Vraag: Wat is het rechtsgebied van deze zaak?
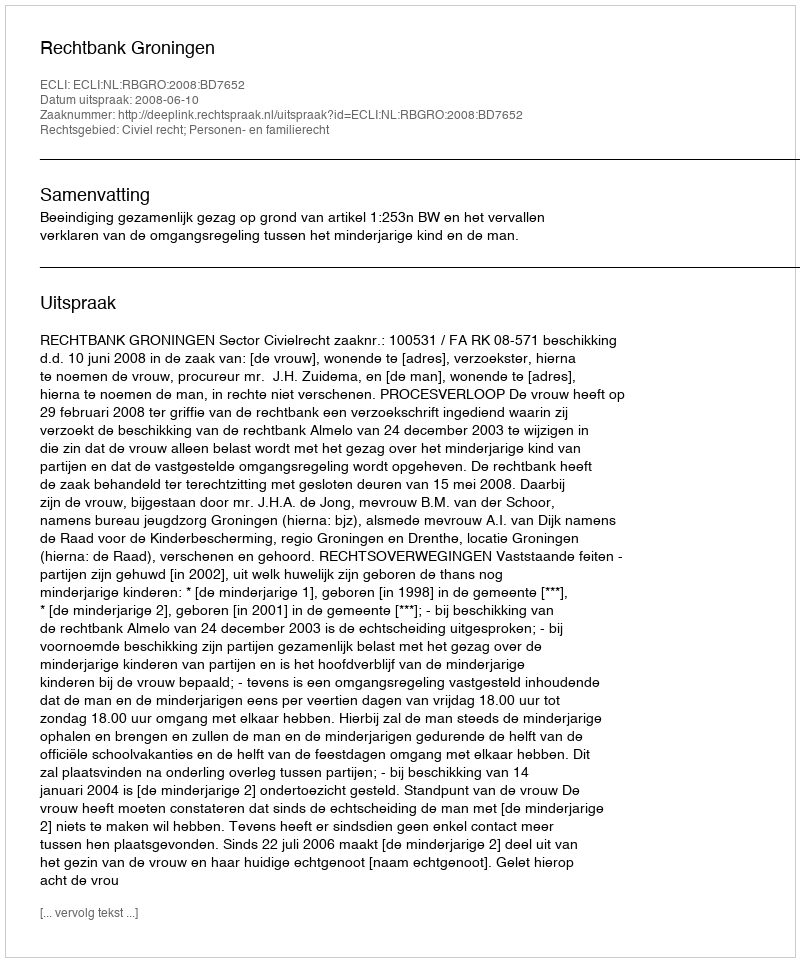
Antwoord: Civiel recht; Personen- en familierecht